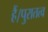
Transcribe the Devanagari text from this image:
हैं।पुरातत्व